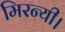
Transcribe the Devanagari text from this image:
मिरन्यी।